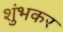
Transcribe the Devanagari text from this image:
शुंभकर